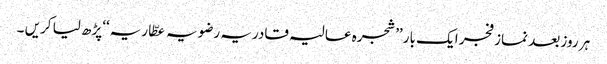
ہر روز بعد نماز فجر ایک بار ’’شجرہ عالیہ قادریہ رضویہ عطّاریہ‘‘پڑھ لیا کریں ۔